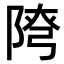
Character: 𨺕